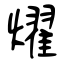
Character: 燿